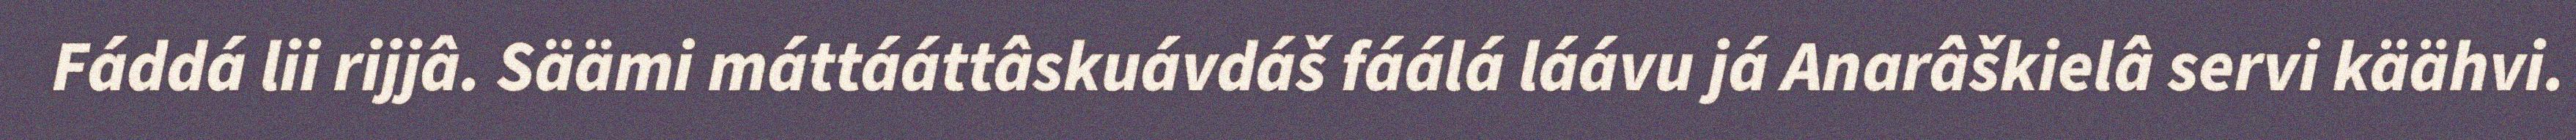
Fáddá lii rijjâ. Säämi máttááttâskuávdáš fáálá láávu já Anarâškielâ servi käähvi.